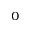
_ 0